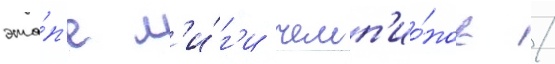
эта́п'е л'и́г'и чемп'ио́нов /